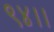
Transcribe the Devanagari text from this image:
९४।।